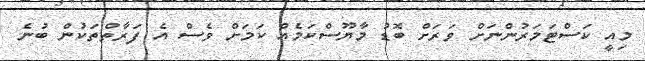
މިއީ ކަސްޓަމަރުންނަށް ވަރަށް ބޮޑު މާޔޫސްކަމެއް ކަމަށް ވެސް އެ ފަރާތްތަކުން ބުނެ